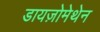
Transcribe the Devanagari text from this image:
डायज़ोमेथेन